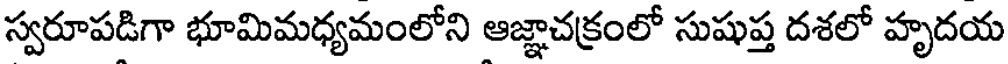
స్వరూపడిగా భూమిమధ్యమంలోని ఆజ్ఞాచక్రంలో సుషుప్త దశలో హృదయ